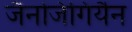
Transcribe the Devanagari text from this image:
जैनजिगियैन